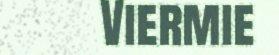
Viermie